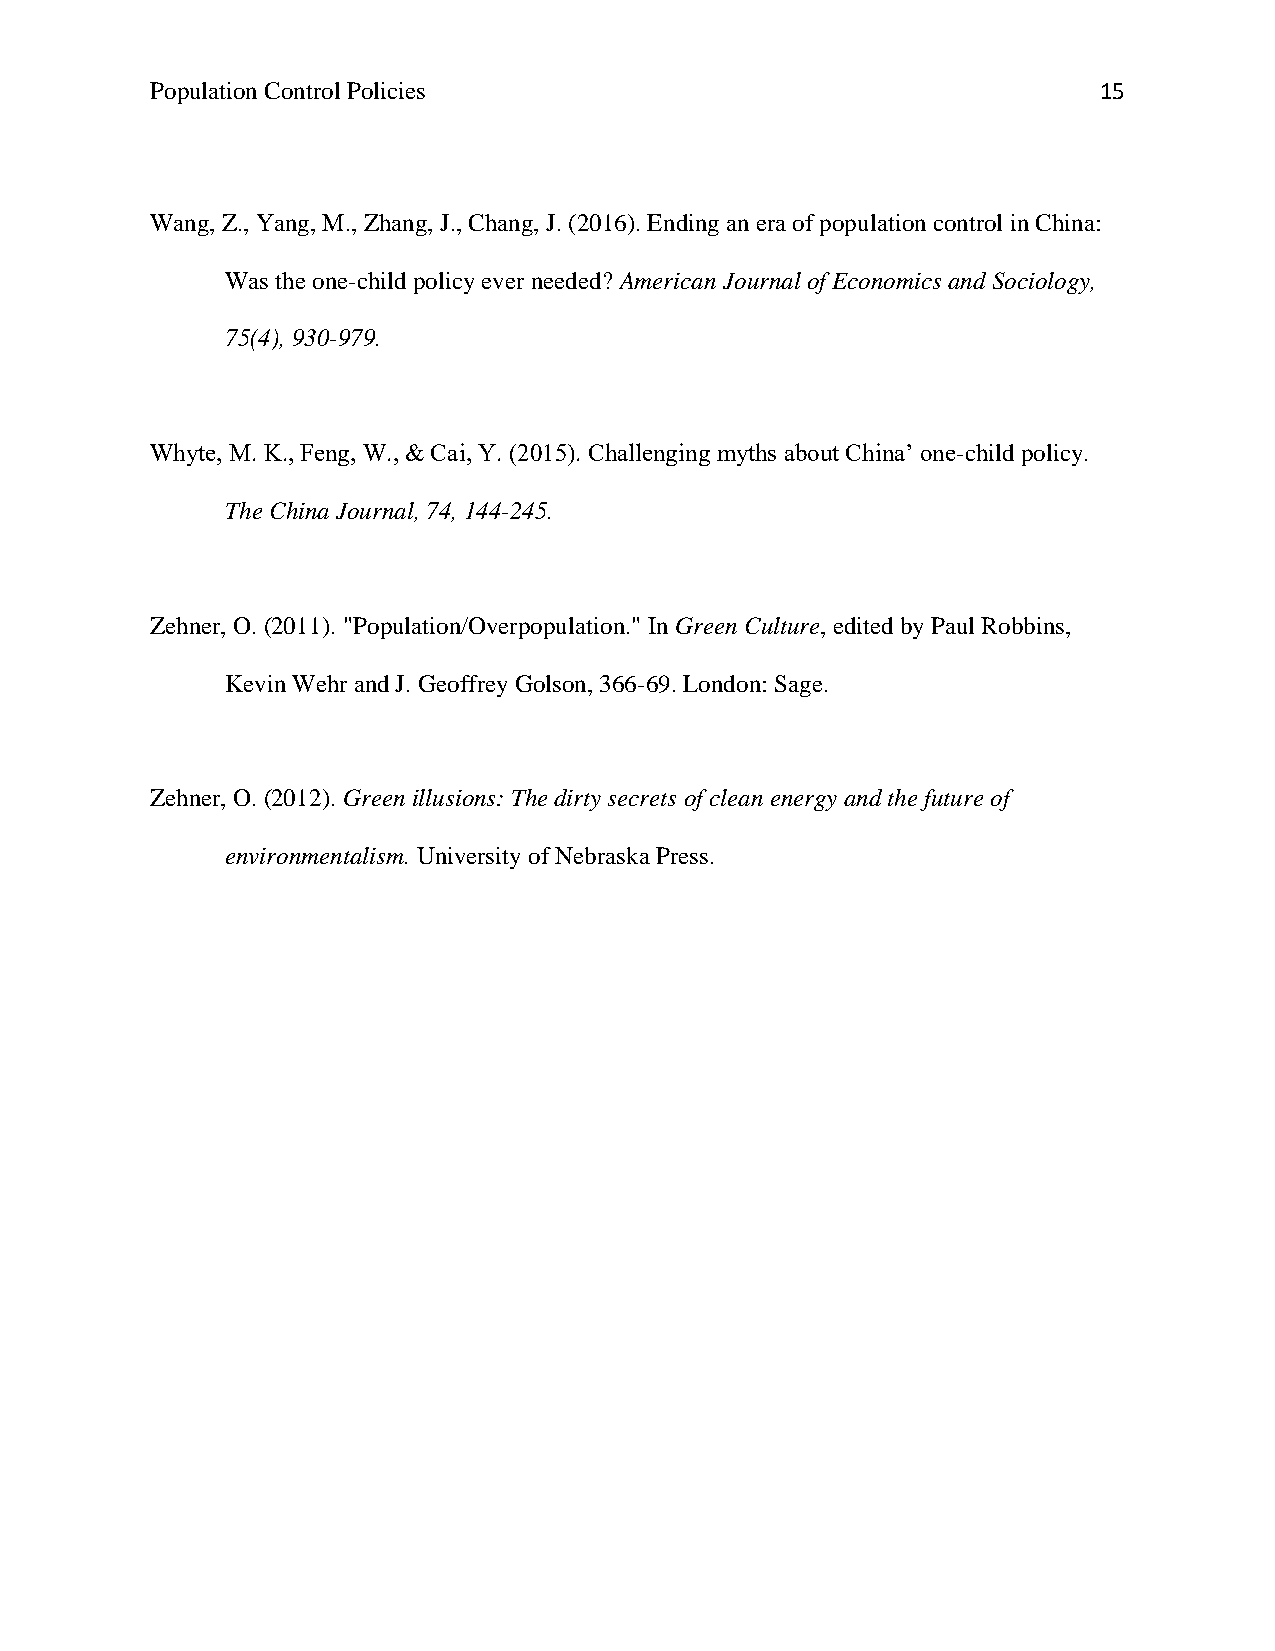
Population Control Policies                                    15
 Wang, Z., Yang, M., Zhang, J., Chang, J. (2016). Ending an era of population control in China:
 Was the one-child policy ever needed? American Journal of Economics and Sociology,
 75(4), 930-979.
 Whyte, M. K., Feng, W., & Cai, Y. (2015). Challenging myths about China’ one-child policy.
 The China Journal, 74, 144-245.
 Zehner, O. (2011). "Population/Overpopulation." In Green Culture, edited by Paul Robbins,
 Kevin Wehr and J. Geoffrey Golson, 366-69. London: Sage.
 Zehner, O. (2012). Green illusions: The dirty secrets of clean energy and the future of
 environmentalism. University of Nebraska Press.